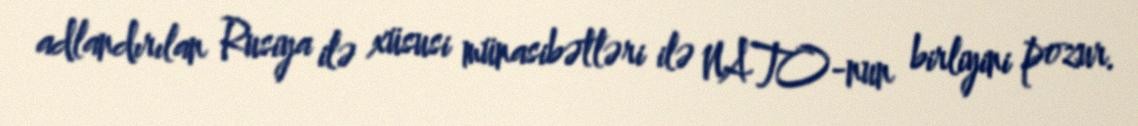
adlandırılan Rusiya ilə xüsusi münasibətləri ilə NATO-nun birliyini pozur.